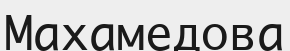
Махамедова